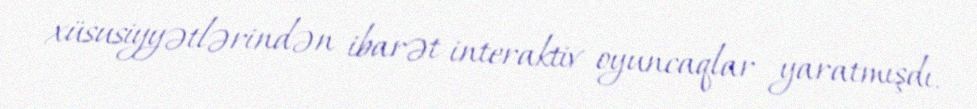
xüsusiyyətlərindən ibarət interaktiv oyuncaqlar yaratmışdı.